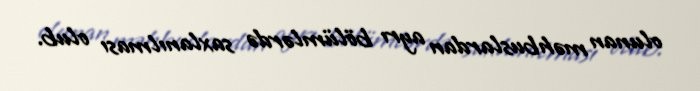
olunan məhbuslardan ayrı bölümlərdə saxlanılması olub.